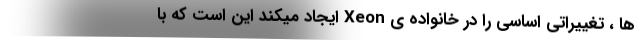
ها ، تغییراتی اساسی را در خانواده ی Xeon ایجاد میکند این است که با